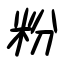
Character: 粉